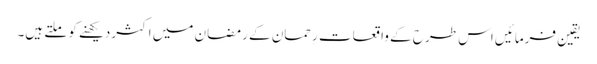
یقین فرمائیں اس طرح کے واقعات رِحمان کے رَمضان میں اکثردیکھنے کو ملتے ہیں۔